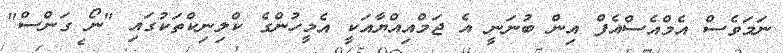
ނަމަވެސް އެމްއެސްއެފް އިން ބުނަނީ އެ ޖަމްއިއްޔާއަކީ އެމީހުންގެ ކްލިނިކްތަކުގައި "ނޯ ގަންސް"